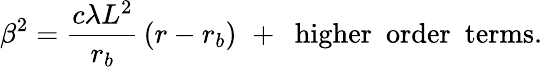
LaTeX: \beta^{2}=\frac{c\lambda L^{2}}{r_{b}}\, (r-r_{b})\, \, +\, \, \, \mathrm{higher\, \, \, order\, \, \, terms}.